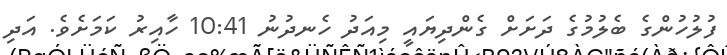
ފުލުހުންގެ ބެލުމުގެ ދަށަށް ގެންދިޔައީ މިއަދު ހެނދުނު 10:41 ހާއިރު ކަމަށެވެ. އަދި